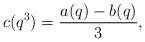
LaTeX: \begin{align*}c(q^{3}) =\frac{ a(q) - b(q)}{3}, \end{align*}